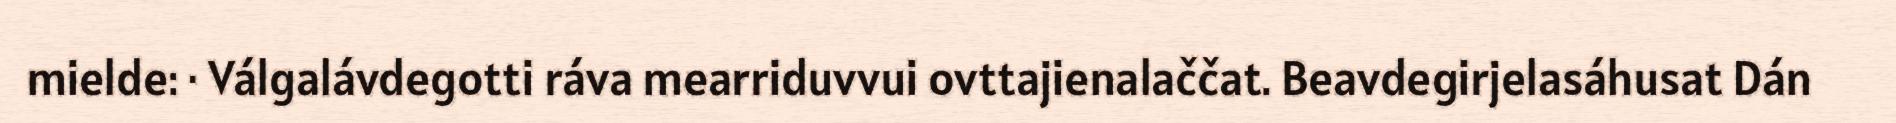
mielde: · Válgalávdegotti ráva mearriduvvui ovttajienalaččat. Beavdegirjelasáhusat Dán